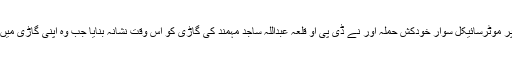
بوغرہ روڈ پر موٹرسائیکل سوار خودکش حملہ آور نے ڈی پی او قلعہ عبداللہ ساجد مہمند کی گاڑی کو اس وقت نشانہ بنایا جب وہ اپنی گاڑی میں سوار تھے۔